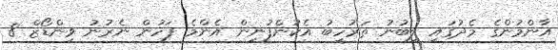
އާންމުންގެ މެދުގައި ލިބުނު ތަރުހީބު އެކުންފުނިން އެންމެ ފަހުން ނެރުނު ވިންޑޯޒް 8